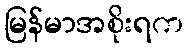
မြန်မာအစိုးရက